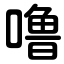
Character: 噜